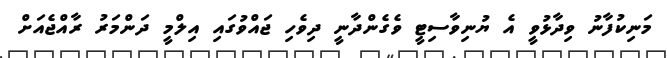
މަނިކުފާނު ވިދާޅުވީ އެ ޔުނިވާސިޓީ ވެގެންދާނީ ދިވެހި ޖައްވުގައި އިލްމީ ދަންމަރު ރާއްޖެއަށް